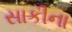
સાકીના